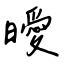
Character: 曖